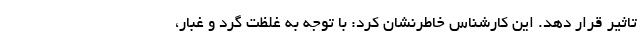
تاثیر قرار دهد. این کارشناس خاطرنشان کرد: با توجه به غلظت گرد و غبار،